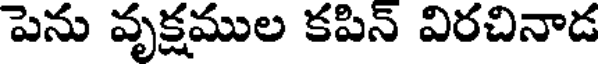
పెను వృక్షముల కపిన్ విరచినాడ